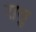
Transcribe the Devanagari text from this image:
रासु